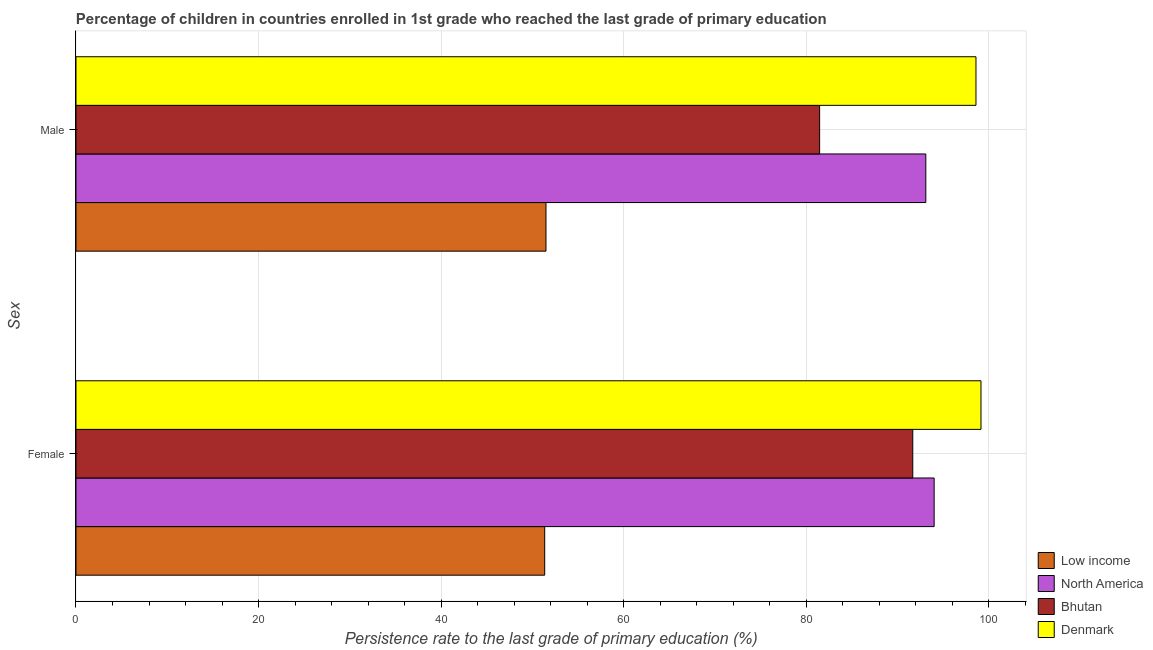
| Sex | Low income | North America | Bhutan | Denmark |
 | --- | --- | --- | --- | --- |
 | Female | 51.4 | 94 | 91.7 | 99.2 |
 | Male | 51.5 | 93.1 | 81.5 | 98.6 |